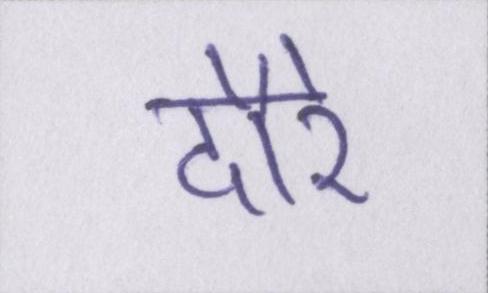
दौरे